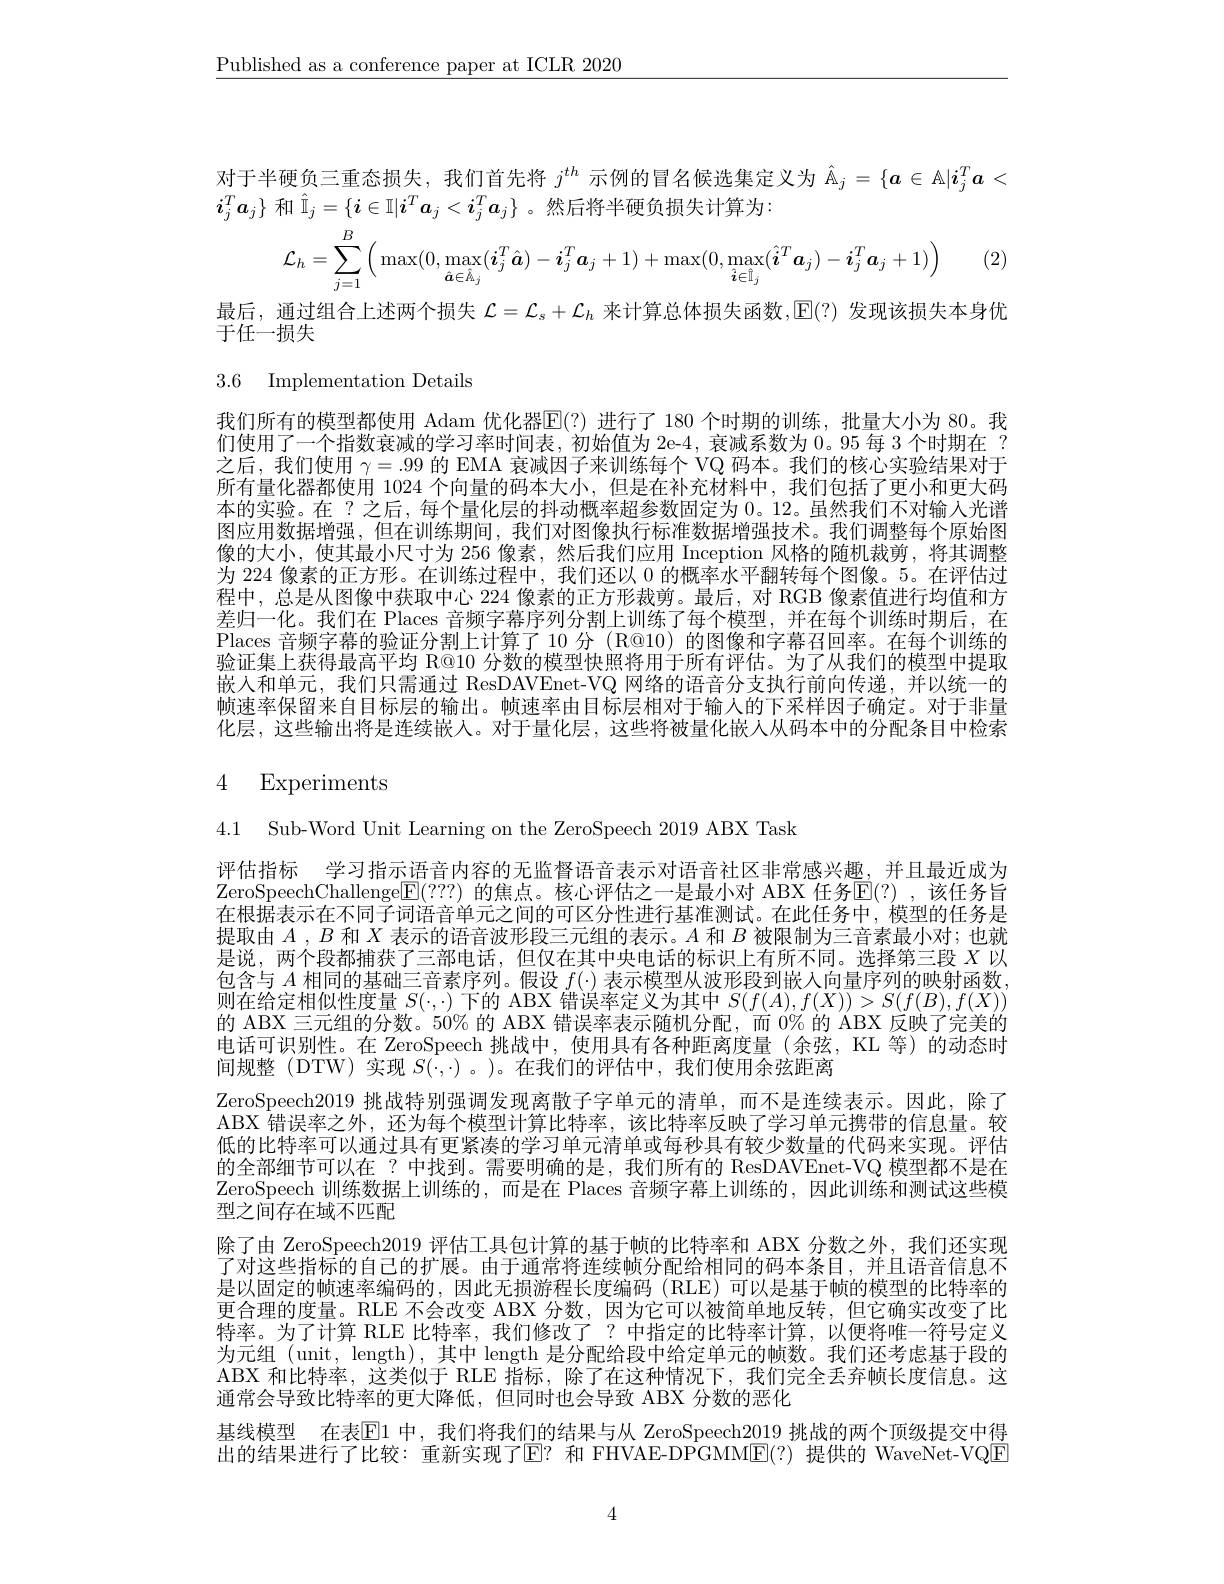
$\underline{\text{Published as a conference paper at ICLR 2020}}$

对于半硬负三重态损失，我们首先将$j^{th}$示例的冒名候选集定义为$\hat{\mathbb{A}}_j=\{a\in\mathbb{A}|i_j^Ta<$
$i_j^Ta_j\}$和$\hat{\mathbb{I}}_j=\{\boldsymbol{i}\in\mathbb{I}|\boldsymbol{i}^T\boldsymbol{a}_j<\boldsymbol{i}_j^T\boldsymbol{a}_j\}$ 。然后将半硬负损失计算为：

(2)
$$\mathcal{L}_{h}=\sum_{j=1}^{B}\Big(\max(0,\max_{\hat{\boldsymbol{a}}\in\hat{\mathbb{A}}_{j}}(\boldsymbol{i}_{j}^{T}\hat{\boldsymbol{a}})-\boldsymbol{i}_{j}^{T}\boldsymbol{a}_{j}+1)+\max(0,\max_{\hat{\boldsymbol{i}}\in\hat{\mathbb{I}}_{j}}(\hat{\boldsymbol{i}}^{T}\boldsymbol{a}_{j})-\boldsymbol{i}_{j}^{T}\boldsymbol{a}_{j}+1)\Big)$$
最后，通过组合上述两个损失$\mathcal{L}=\mathcal{L}_s+\mathcal{L}_h$来计算总体损失函数，$\mathbb{E}(?)$发现该损失本身优
于任一损失

3.6 Implementation Details

我们所有的模型都使用 Adam 优化器$\mathbb{E}(?)$ 进行了 180 个时期的训练，批量大小为 80。我们使用了一个指数衰减的学习率时间表，初始值为 2e-4, 衰减系数为 0。95 每 3 个时期在 ? 之后，我们使用$\gamma=.99$的 EMA 衰减因子来训练每个 VQ 码本。我们的核心实验结果对于所有量化器都使用 1024 个向量的码本大小，但是在补充材料中，我们包括了更小和更大码本的实验。在 ?之后，每个量化层的抖动概率超参数固定为0。12。虽然我们不对输人光谱图应用数据增强，但在训练期间，我们对图像执行标准数据增强技术。我们调整每个原始图像的大小，使其最小尺寸为 256 像素，然后我们应用 Inception 风格的随机裁剪，将其调整为 224 像素的正方形。在训练过程中，我们还以 0 的概率水平翻转每个图像。5。在评估过程中，总是从图像中获取中心 224 像素的正方形裁剪。最后，对 RGB 像素值进行均值和方差归一化。我们在 Places 音频字幕序列分割上训练了每个模型，并在每个训练时期后，在Places 音频字幕的验证分割上计算了 10 分 (R@10) 的图像和字幕召回率。在每个训练的验证集上获得最高平均 R@10 分数的模型快照将用于所有评估。为了从我们的模型中提取嵌人和单元，我们只需通过 ResDAVEnet-VQ 网络的语音分支执行前向传递，并以统一的帧速率保留来自目标层的输出。帧速率由目标层相对于输人的下采样因子确定。对于非量化层，这些输出将是连续嵌入。对于量化层，这些将被量化嵌人从码本中的分配条目中检索

# 4 Experiments

4.1 Sub-Word Unit Learning on the ZeroSpeech 2019 ABX Task

评估指标 学习指示语音内容的无监督语音表示对语音社区非常感兴趣，并且最近成为ZeroSpeechChallenge$\mathbb{E}(???)$ 的焦点。核心评估之一是最小对 ABX 任务$\mathbb{E}(?)$, 该任务旨在根据表示在不同子词语音单元之间的可区分性进行基准测试。在此任务中，模型的任务是提取由$A,B$和$X$表示的语音波形段三元组的表示。$A$和$B$被限制为三音素最小对；也就是说，两个段都捕获了三部电话，但仅在其中央电话的标识上有所不同。选择第三段$X$以包含与$A$相同的基础三音素序列。假设$f(\cdot)$表示模型从波形段到嵌入向量序列的映射函数则在给定相似性度量$S(\cdot,\cdot)$下的 ABX 错误率定义为其中$S(f(A),f(X))>S(f(B),f(X))$ 的 ABX 三元组的分数。50% 的 ABX 错误率表示随机分配，而 0% 的 ABX 反映了完美的电话可识别性。在 ZeroSpeech 挑战中，使用具有各种距离度量(余弦，KL 等)的动态时间规整(DTW)实现$S(\cdot,\cdot)$。)。在我们的评估中，我们使用余弦距离
ZeroSpeech2019 挑战特别强调发现离散子字单元的清单，而不是连续表示。因此，除了ABX 错误率之外，还为每个模型计算比特率，该比特率反映了学习单元携带的信息量。较低的比特率可以通过具有更紧凑的学习单元清单或每秒具有较少数量的代码来实现。评估的全部细节可以在 ?中找到。需要明确的是，我们所有的 ResDAVEnet-VQ 模型都不是在ZeroSpeech 训练数据上训练的，而是在 Places 音频字幕上训练的，因此训练和测试这些模型之间存在域不匹配
除了由 ZeroSpeech2019 评估工具包计算的基于帧的比特率和 ABX 分数之外，我们还实现了对这些指标的自己的扩展。由于通常将连续帧分配给相同的码本条目，并且语音信息不是以固定的帧速率编码的，因此无损游程长度编码(RLE)可以是基于帧的模型的比特率的更合理的度量。RLE 不会改变 ABX 分数，因为它可以被简单地反转，但它确实改变了比特率。为了计算 RLE 比特率，我们修改了？中指定的比特率计算，以便将唯一符号定义为元组 (unit, length),其中 length 是分配给段中给定单元的帧数。我们还考虑基于段的ABX 和比特率，这类似于 RLE 指标，除了在这种情况下，我们完全丢弃帧长度信息。这通常会导致比特率的更大降低，但同时也会导致 ABX 分数的恶化
基线模型 在表$\mathbb{E}$1 中，我们将我们的结果与从 ZeroSpeech2019 挑战的两个顶级提交中得出的结果进行了比较：重新实现了$\operatorname{E?}$ 和 FHVAE-DPGMM$\operatorname{E}(?)$ 提供的 WaveNet-VQE

4